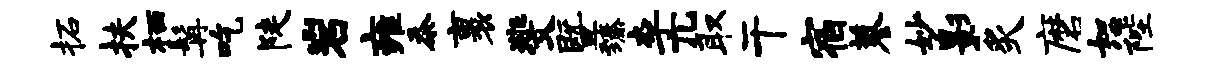
柘扶栖髯吃陡岩雍忝裹斐暨臻李兀取干宿蓼妙影炙磨恕陛